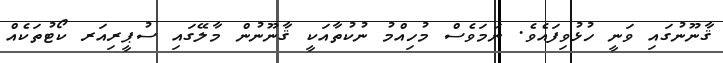
ޤާނޫނުގައި ވަނީ ހުޅުވިފައެވެ. ނަމަވެސް މުހިއްމު ނުކުތާއަކީ ޤާނޫނުން މާލޭގައި ސުޕީރިއަރ ކޯޓުތަކެއް